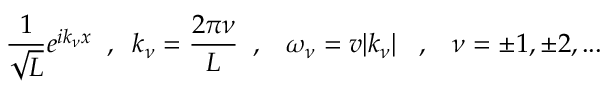
\frac { 1 } { \sqrt { L } } e ^ { i k _ { \nu } x } \; \; , \; \; k _ { \nu } = \frac { 2 \pi \nu } { L } \; \; , \; \; \; \omega _ { \nu } = v | k _ { \nu } | \; \; \; , \; \; \; \nu = \pm 1 , \pm 2 , . . .